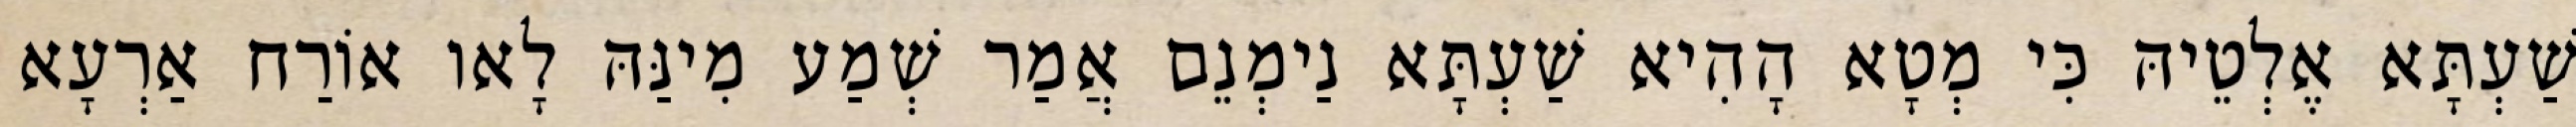
שַׁעְתָּא אֶלְטֵיהּ כִּי מְטָא הָהִיא שַׁעְתָּא נַימְנֵם אֲמַר שְׁמַע מִינַּהּ לָאו אוֹרַח אַרְעָא